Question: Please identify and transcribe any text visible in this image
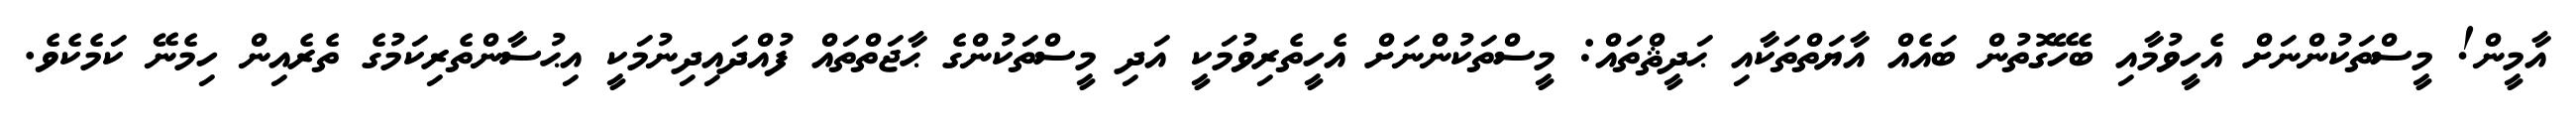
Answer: އާމީން! މީސްތަކުންނަށް އެހީވުމާއި ބެހޭގޮތުން ބައެއް އާޔަތްތަކާއި ޙަދީޘްތައް: މީސްތަކުންނަށް އެހީތެރިވުމަކީ އަދި މީސްތަކުންގެ ޙާޖަތްތައް ފުއްދައިދިނުމަކީ އިޙުސާންތެރިކަމުގެ ތެރެއިން ހިމެނޭ ކަމެކެވެ.